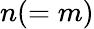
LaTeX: n(=m)